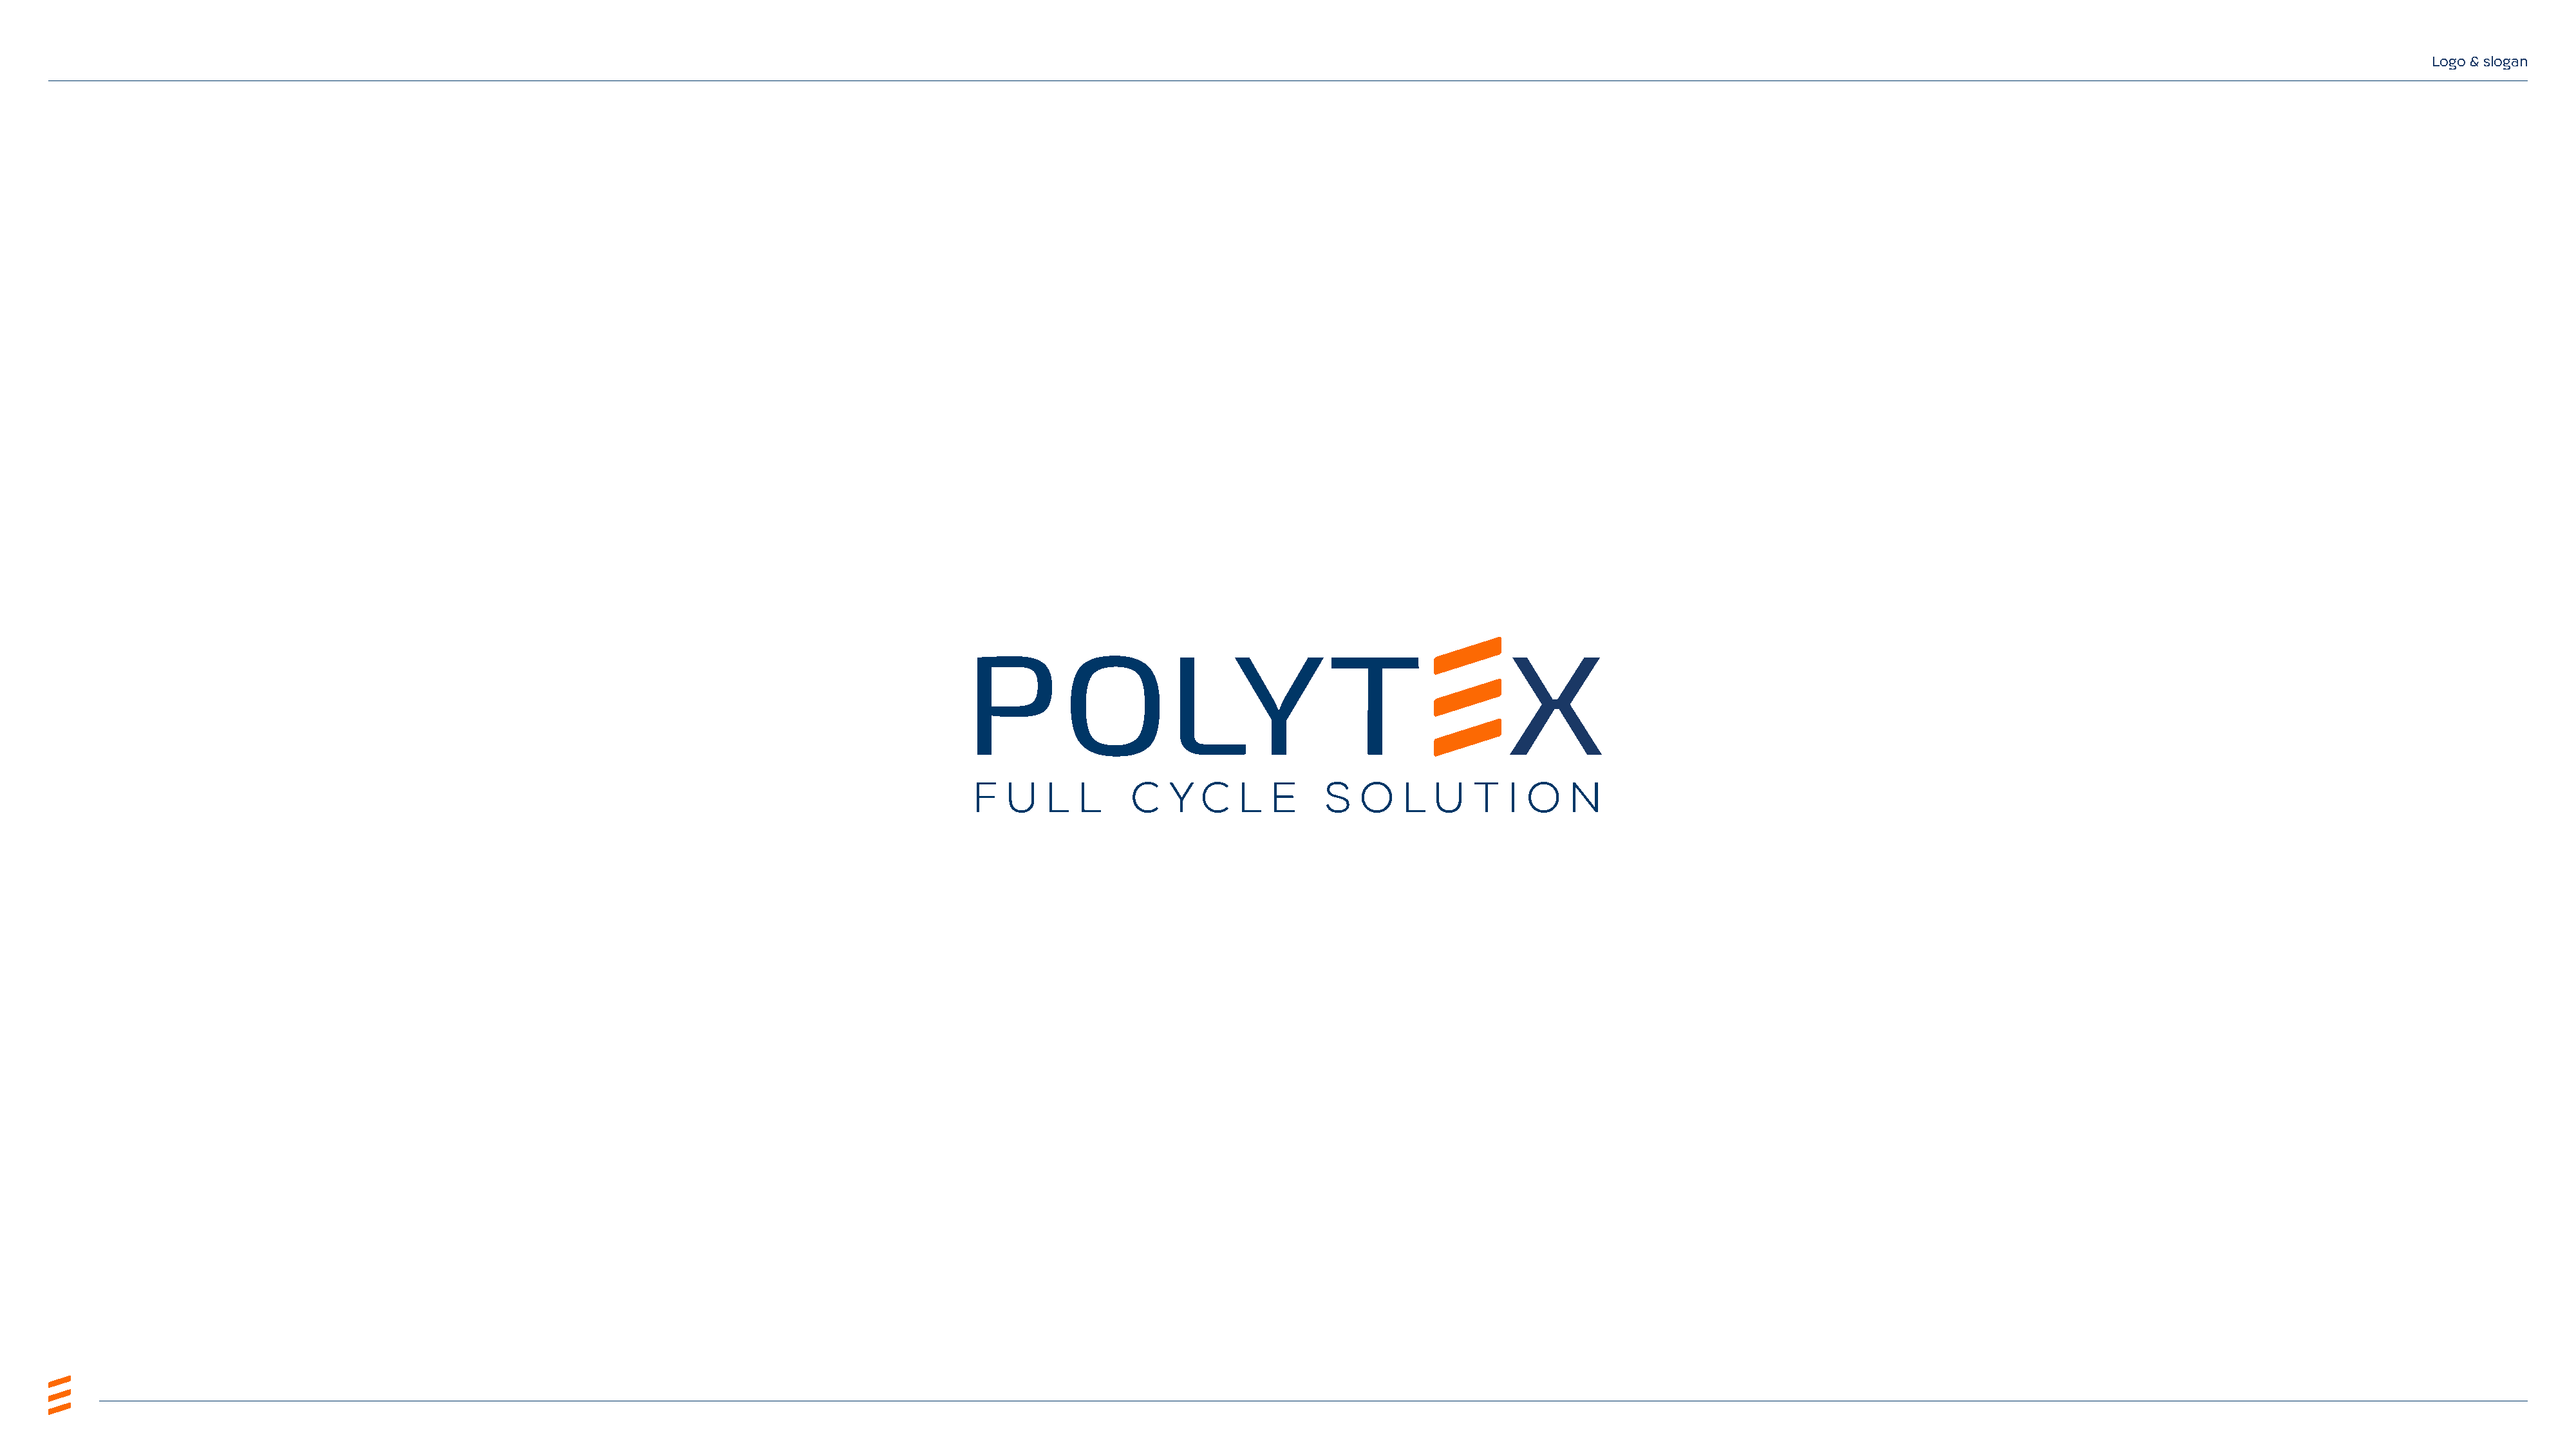
Logo & slogan
 -   -
 -   -
 -   -
 FULL            CYCLE               SOLUTION
 ,,,,,,,
 :::: -      -     -      -     -      -      -     -      -     -      -      -     -      -     -      -      -     -      -     -      -      -     -      -     -      -      -     -      -     -      -      -     -      -      -     -      -     -